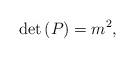
LaTeX: \begin{align*}\det{(P)} = m^2,\end{align*}